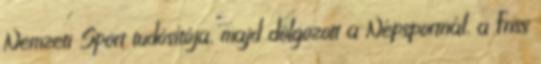
Nemzeti Sport tudósítója, majd dolgozott a Népsportnál, a Friss